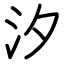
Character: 汐